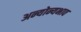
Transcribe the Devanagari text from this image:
अन्योन्यभाव